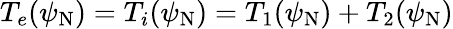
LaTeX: T_{e}(\psi_{\mathrm{N}})=T_{i}(\psi_{\mathrm{N}})=T_{1}(\psi_{\mathrm{N}})+T_{2}(\psi_{\mathrm{N}})